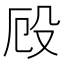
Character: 𭮨